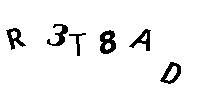
R3T8AD